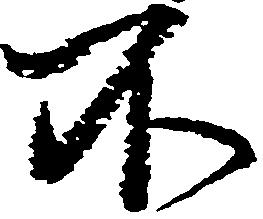
不